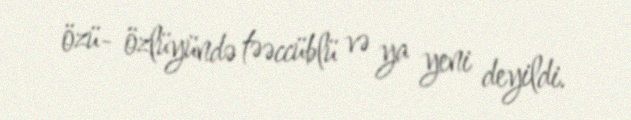
özü- özlüyündə təəccüblü və ya yeni deyildi.